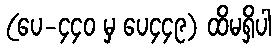
(ပေ-၄၄၀ မှ ပေ၄၄၉) ထိမရှိပါ